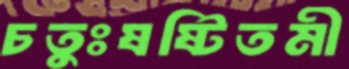
চতুঃষষ্টিতমী